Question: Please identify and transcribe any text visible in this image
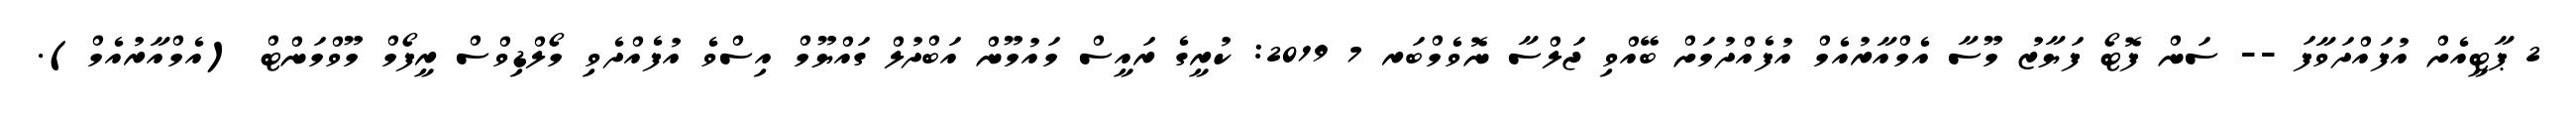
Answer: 2 ޕާޓީއެށް އުފައްދަވާފަ -- ސަން ފޮޓޯ ފަޔާޒު މޫސާ އެމްއާރުއެމް އުފެއްދުމަށް ބޭއްވި ޖަލްސާ ނޮވެމްބަރ 7 2019: ކުރީގެ ރައީސް މައުމޫން އަބްދުލް ގައްޔޫމް އިސްވެ އުފެއްދެވި މޯލްޑިވްސް ރީފޯމް މޫވްމަންޓް (އެމްއާރުއެމް).